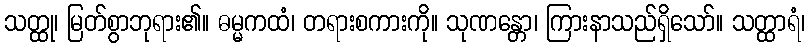
သတ္ထု၊ မြတ်စွာဘုရား၏။ ဓမ္မကထံ၊ တရားစကားကို။ သုဏန္တော၊ ကြားနာသည်ရှိသော်။ သတ္ထာရံ၊